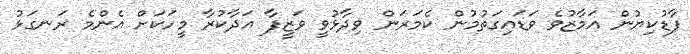
ފާޑުކިޔުން އަމާޒުވެ ވަޑައިގަތުމުން ކެމަރަން ވިދާޅުވީ ވަޒީފާ އަދާކުރާ މީހަކަށް އެންމެ ރަނގަޅު